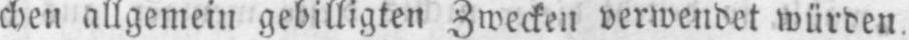
chen allgemein gebilligten Zwecken verwendet würden.